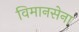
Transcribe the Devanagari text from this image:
विमानसेना